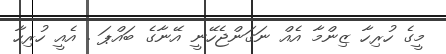
މީގެ ހުރިހާ ޒިންމާ އެއް ނަގަންޖެހޭނީ އޭނާގެ ބައްޕަ . އެއީ ހުރިހާ